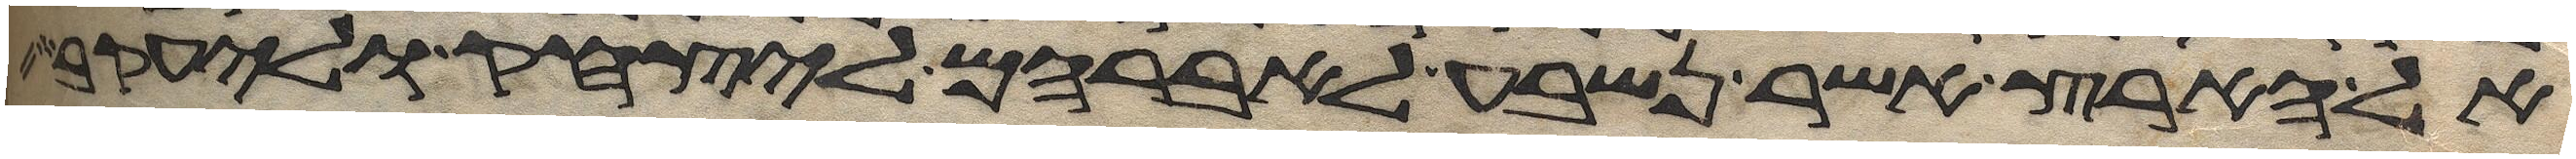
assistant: אל הארץ אשר נשבע לאברהם ליצחק וליעקב